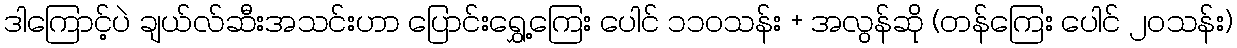
ဒါကြောင့်ပဲ ချယ်လ်ဆီးအသင်းဟာ ပြောင်းရွှေ့ကြေး ပေါင် ၁၁၀သန်း + အလွန်ဆို (တန်ကြေး ပေါင် ၂၀သန်း)